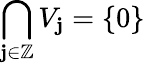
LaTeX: \bigcap_{\mathbf{j}\in\mathbb{{Z}}}V_{\mathbf{j}}=\{ 0\}